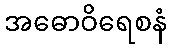
အဓောဝိရေစနံ